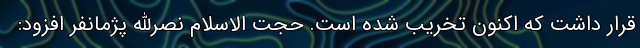
قرار داشت که اکنون تخریب شده است. حجت الاسلام نصرالله پژمانفر افزود: